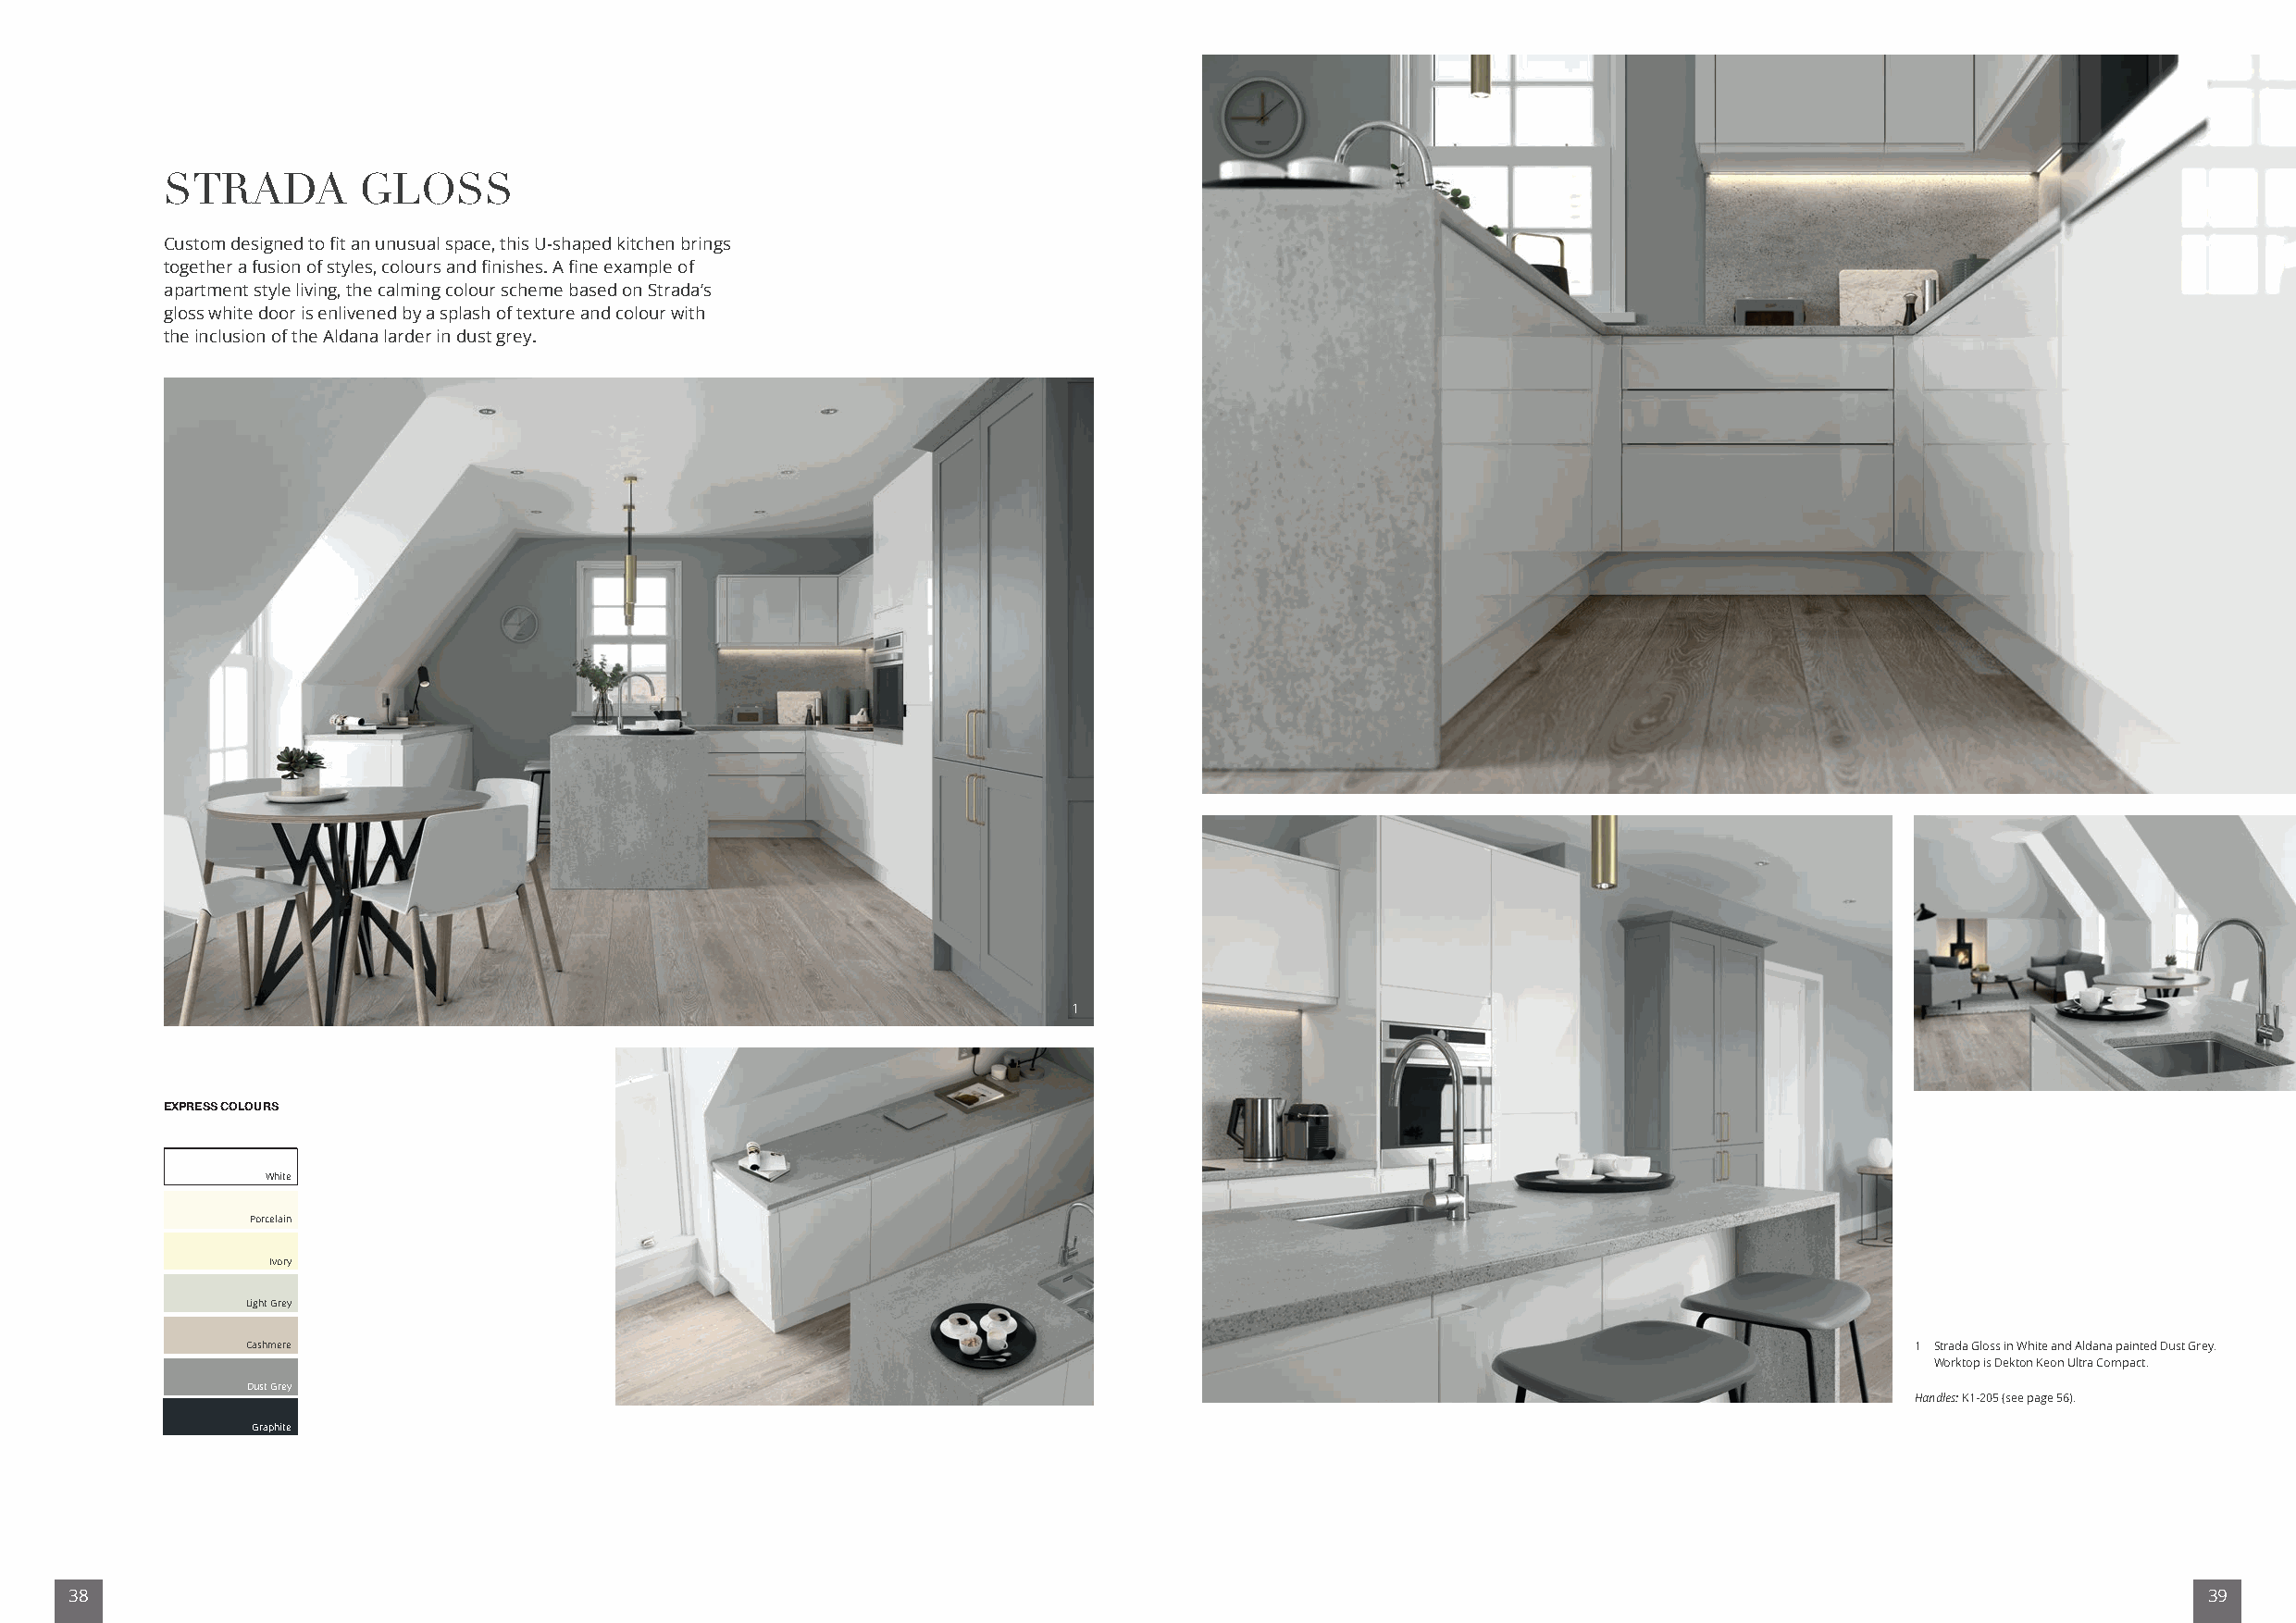
STRADA        GLOSS
 Custom designed to fit an unusual space, this U-shaped kitchen brings
 together a fusion of styles, colours and finishes. A fine example of
 apartment style living, the calming colour scheme based on Strada’s
 gloss white door is enlivened by a splash of texture and colour with
 the inclusion of the Aldana larder in dust grey.
 1
 EXPRESS COLOURS
 White
 Porcelain
 Ivory
 Light Grey
 Cashmere                                                                                                               1 Strada Gloss in White and Aldana painted Dust Grey.
 Worktop is Dekton Keon Ultra Compact.
 Dust Grey
 Handles: K1-205 (see page 56).
 Graphite
 38                                                                                                                                                       39